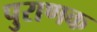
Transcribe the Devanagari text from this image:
पुराणक